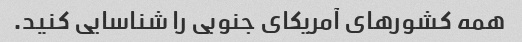
همه کشورهای آمریکای جنوبی را شناسایی کنید.